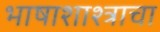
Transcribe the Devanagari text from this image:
भाषाशाश्त्राचा